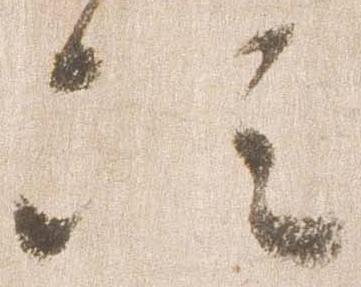
次